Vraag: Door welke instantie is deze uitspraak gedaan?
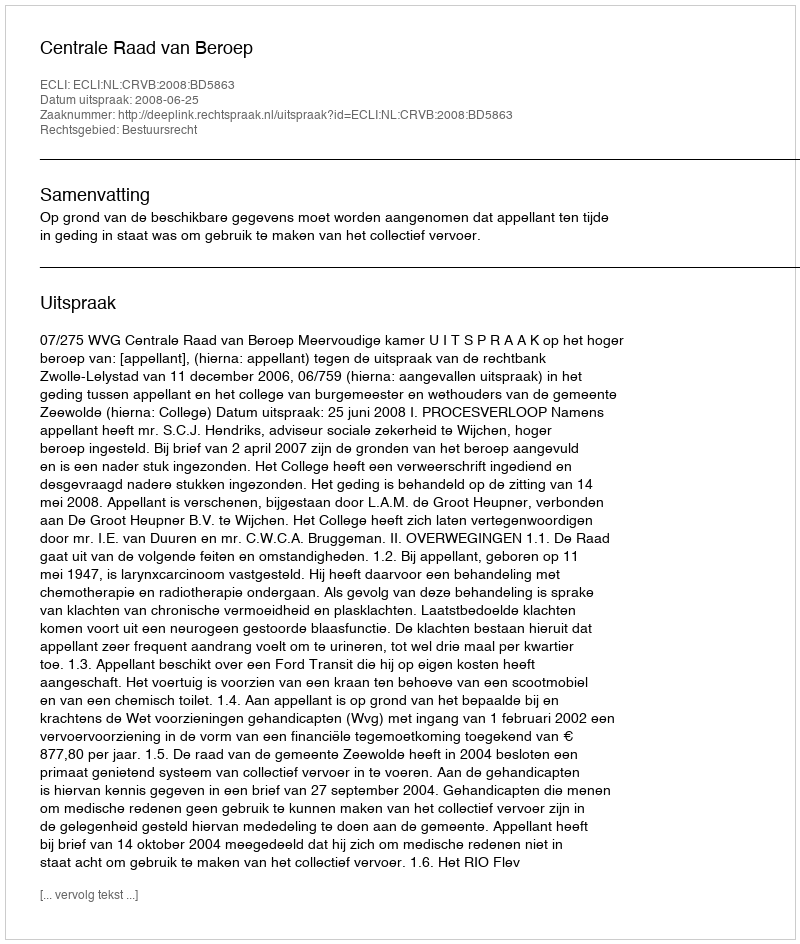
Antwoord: Centrale Raad van Beroep